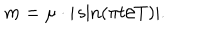
m = \mu \cdot | \sin ( \pi t / T ) | .